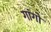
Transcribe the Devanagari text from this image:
गांगो